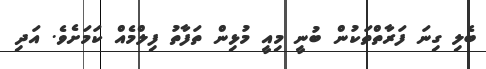
ބެލި ގިނަ ފަރާތްތަކުން ބުނީ މިއީ މުޅިން ތަފާތު ފިލްމެއް ކަމަށެވެ. އަދި